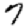
Digit: 7